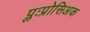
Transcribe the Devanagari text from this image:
प्लःप्रोसिअक